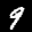
Label: 9